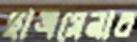
ছাত্রসেনার